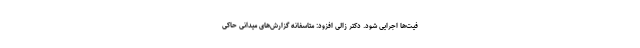
فیت‌ها اجرایی شود. دکتر زالی افزود: متاسفانه گزارش‌های میدانی حاکی